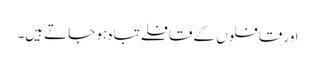
اور قافلوں کے قافلے تباہ ہو جاتے ہیں۔